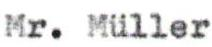
Mr. Müller